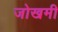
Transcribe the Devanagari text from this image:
जोखमी